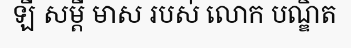
ឡី សម្តី មាស របស់ លោក បណ្ឌិត